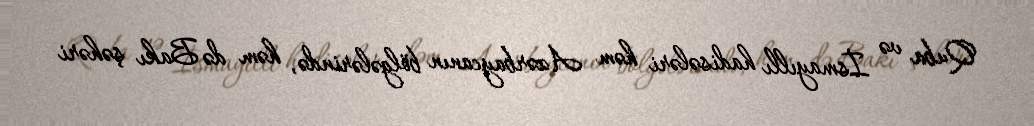
Quba və İsmayıllı hadisələri həm Azərbaycanın bölgələrində, həm də Bakı şəhəri